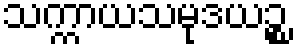
သက္ကာယသမုဒယဉ္စ